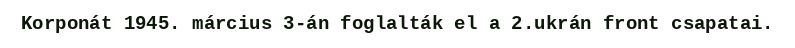
Korponát 1945. március 3-án foglalták el a 2.ukrán front csapatai.